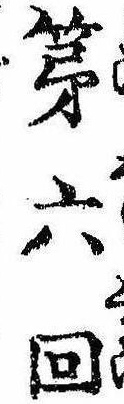
第六回